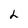
Character: L